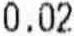
0.02